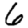
Digit: 6